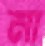
না